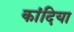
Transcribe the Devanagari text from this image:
कांदिया